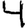
Digit: 4